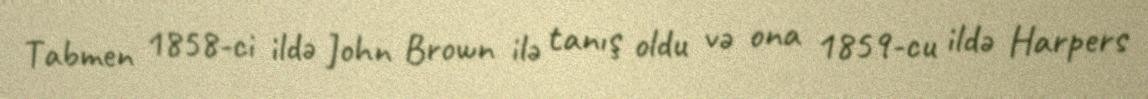
Tabmen 1858-ci ildə John Brown ilə tanış oldu və ona 1859-cu ildə Harpers